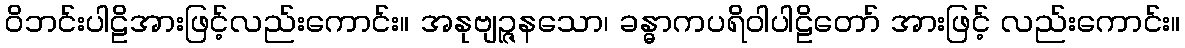
ဝိဘင်းပါဠိအားဖြင့်လည်းကောင်း။ အနုဗျဉ္ဇနသော၊ ခန္ဓာကပရိဝါပါဠိတော် အားဖြင့် လည်းကောင်း။